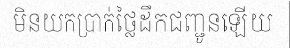
មិនយកប្រាក់ថ្លៃដឹកជញ្ជូនឡើយ